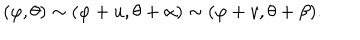
( \varphi , \theta ) \sim ( \varphi + u , \theta + \alpha ) \sim ( \varphi + v , \theta + \beta ) .